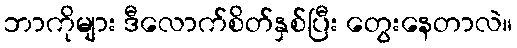
ဘာကိုများ ဒီလောက်စိတ်နှစ်ပြီး တွေးနေတာလဲ။